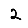
Digit: 2